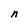
Character: n